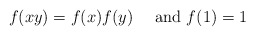
\begin{align*}f(xy) = f(x)f(y) \quad\textrm{ and }f(1) = 1\end{align*}